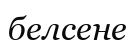
белсене